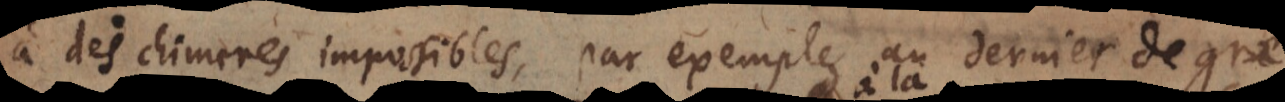
à des chimeres impossibles, par exemple au dernier degré